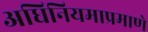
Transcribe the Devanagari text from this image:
अधिनियमाप्रमाणे